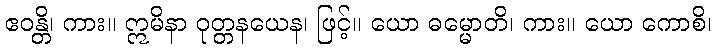
ဧဝန္တိ၊ ကား။ ဣမိနာ ဝုတ္တနယေန၊ ဖြင့်။ ယော ဓမ္မောတိ၊ ကား။ ယော ကောစိ၊